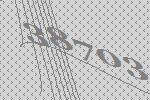
38703